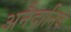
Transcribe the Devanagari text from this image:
अनैदानिक